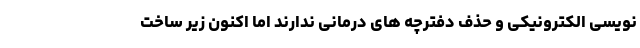
نویسی الکترونیکی و حذف دفترچه های درمانی ندارند اما اکنون زیر ساخت